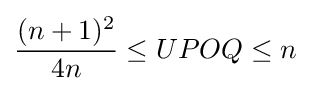
{(n+1)^{2} \over 4n}\leq UPOQ\leq n